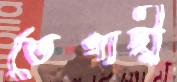
তেগাছী